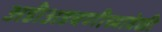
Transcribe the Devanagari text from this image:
अडीअडचणीच्यावेळी